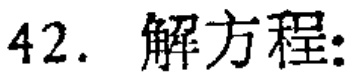
42. 解方程: